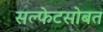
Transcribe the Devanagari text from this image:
सल्फेटसोबत